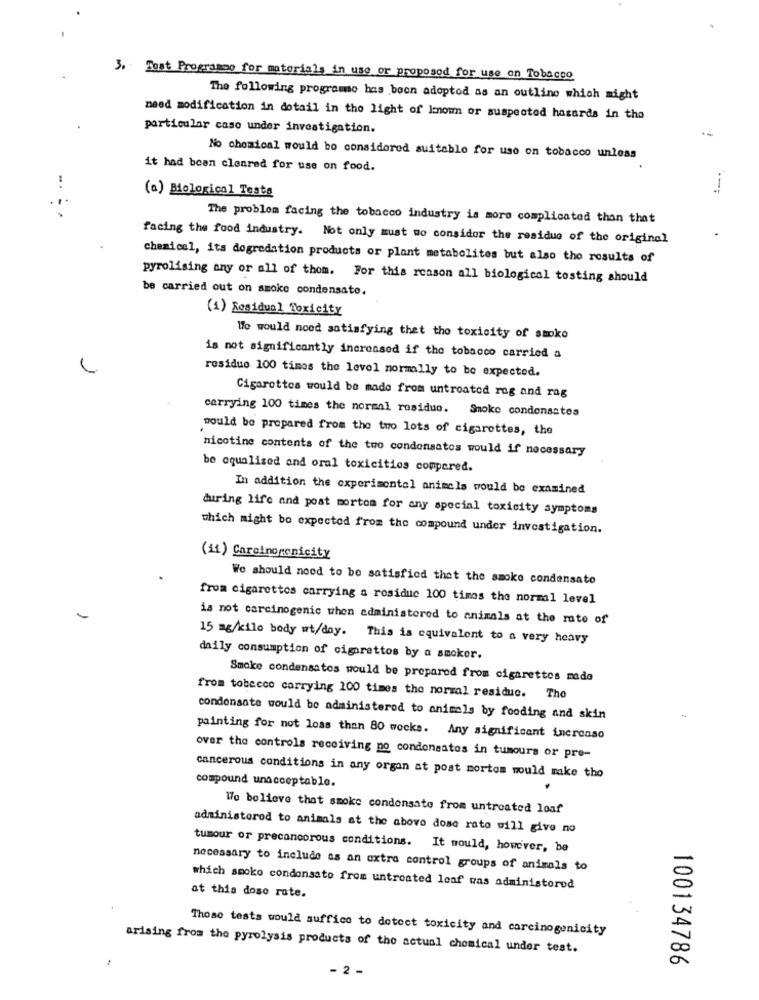
3. Tost Programme for materials in use or proposod for use on Tobacco
The following programo has boon adoptod as an outline which might
need modification in dotail in the light of lanow or suspected hasards in the
particular caso under investigation.
No chemical would be considered suitable for use on tobacco unless
it had been cleared for use on food.
(a) Biological Testa
---
The problem facing the tobacco industry is more complicated than that
facing the food industry. Not only must mo consider the residue of the original
chemical, its dogredation products or plant metabolites but also tho results of
pyrolising any or all of them. For this reason all biological tosting should
be carried out on smoke condensato.
(1) Residual Toxicity
We would nood satisfying thet tho toxicity of smoke
is not significantly incrossed if the tobacco carried a
residuo 100 times the level normally to be expected.
Cigarettes would be made from untreated rag and rag
carrying 100 times the normal residuo. Smoke condensates
would be prepared from the two lots of cigarettes, the
nicotine contents of the two condensatos would if necessary
be oqualised and oral toxicitios compared.
In addition the experimental animals would be examined
during life and post morton for any special toxicity symptoms
which might bo expected from the compound under investigation.
(11) Carcinorenicity
We should nood to be satisfied thet the smoke condensato
from cigarettes carrying a rosidue 100 times the normal level
-
is not carcinogenic when administered to animals at the rate of
15 mg/kilo body wt/day. This is equivalent to a very heavy
daily consumption of cigarettos by a smoker.
Smoke condensatos would be prepared from cigarettes made
from tobecco carrying 100 times the normal residue. The
condensate would be administered to animals by fooding and skin
2
painting for not loss than 80 wocks. Any significant increase
over the controls receiving no condensatos in tumours or pre-
compound unacceptable.
cancerous conditions in any organ at post mortem would make tho
We believe that smoke condensate from untreated loaf
administerod to animals at the above dose rato will give no
tumour or precancerous conditions. It would, however, be
necessary to include as an extra control groups of animals to
which smoko condonsato from untreated leaf was administered
at this doso rate.
Those tests would suffice to detect toxicity and carcinogenicity
arising from the pyrolysis products of the actual chemical under test.
2 -
100134786